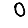
Digit: 0